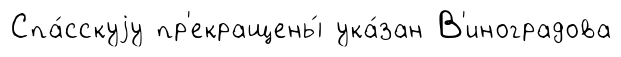
Спа́сскуjу пр'екращены́ ука́зан В'иноградова